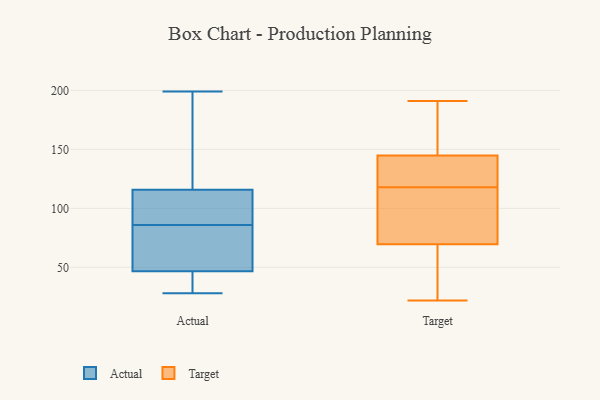
{"axis": {"x": "Shipments", "y": "Value"}, "legend": ["Actual", "Target"], "data": [{"x": "", "y": 28, "type": "Actual"}, {"x": "", "y": 165, "type": "Actual"}, {"x": "", "y": 198, "type": "Actual"}, {"x": "", "y": 93, "type": "Actual"}, {"x": "", "y": 46, "type": "Actual"}, {"x": "", "y": 117, "type": "Actual"}, {"x": "", "y": 199, "type": "Actual"}, {"x": "", "y": 34, "type": "Actual"}, {"x": "", "y": 178, "type": "Actual"}, {"x": "", "y": 112, "type": "Actual"}, {"x": "", "y": 91, "type": "Actual"}, {"x": "", "y": 63, "type": "Actual"}, {"x": "", "y": 62, "type": "Actual"}, {"x": "", "y": 93, "type": "Actual"}, {"x": "", "y": 49, "type": "Actual"}, {"x": "", "y": 46, "type": "Actual"}, {"x": "", "y": 39, "type": "Actual"}, {"x": "", "y": 86, "type": "Actual"}, {"x": "", "y": 81, "type": "Actual"}, {"x": "", "y": 93, "type": "Target"}, {"x": "", "y": 152, "type": "Target"}, {"x": "", "y": 191, "type": "Target"}, {"x": "", "y": 145, "type": "Target"}, {"x": "", "y": 32, "type": "Target"}, {"x": "", "y": 144, "type": "Target"}, {"x": "", "y": 63, "type": "Target"}, {"x": "", "y": 118, "type": "Target"}, {"x": "", "y": 118, "type": "Target"}, {"x": "", "y": 22, "type": "Target"}, {"x": "", "y": 89, "type": "Target"}]}